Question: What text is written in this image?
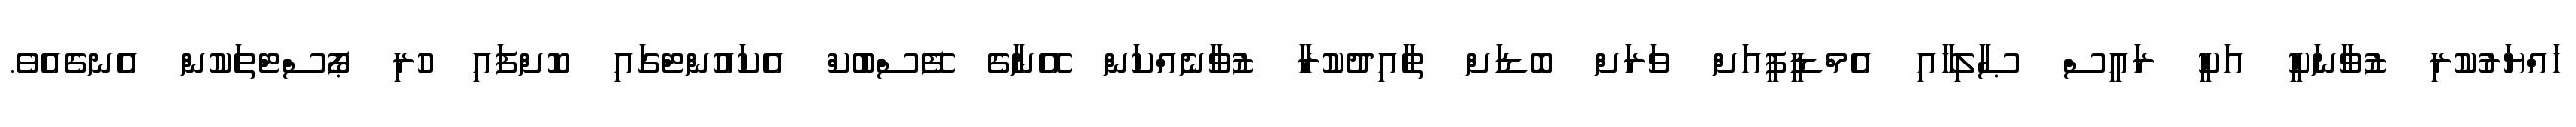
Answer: ހައްޔަރުކުރި ޒުވާނަކީ އަކީ ރައީސް ޞާލިހާއި އެމްޑީޕީއަށް ވަރަށް ބޮޑަށް ތާއިދުކުރާ ޒުވާނެއްކަން އޭނާގެ ފޭސްބުކް އެކައުންޓްގައި ކޮށްފައި ހުރި ޕޯސްޓްތަކުން އެނގެއެވެ.